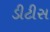
ડીટીસ